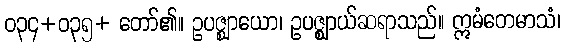
ဝ၃၄+ဝ၃၅+ တော်၏။ ဥပဇ္ဈာယော၊ ဥပဇ္ဈာယ်ဆရာသည်။ ဣမံတေမာသံ၊